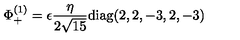
\Phi _ { + } ^ { ( 1 ) } = \epsilon { \frac { \eta } { 2 \sqrt { 1 5 } } } \mathrm { d i a g } ( 2 , 2 , - 3 , 2 , - 3 )